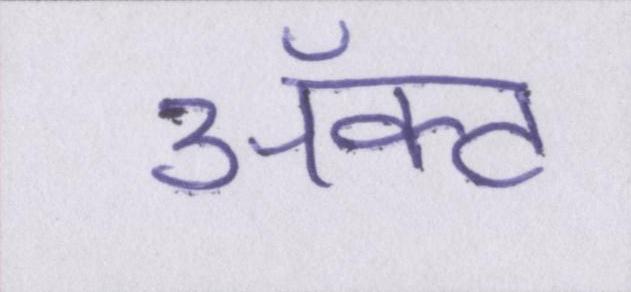
ॲक्ट